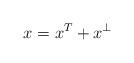
LaTeX: \begin{align*}x=x^T+x^{\bot}\end{align*}